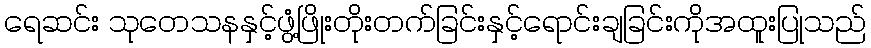
ရေဆင်း သုတေသနနှင့်ဖွံ့ဖြိုးတိုးတက်ခြင်းနှင့်ရောင်းချခြင်းကိုအထူးပြုသည်